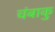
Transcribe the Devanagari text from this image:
चंबाकु